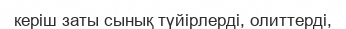
керіш заты сынық түйірлерді, олиттерді,